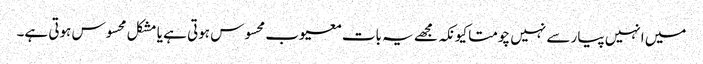
میں انہیں پیار سے نہیں چومتا کیونکہ مجھے یہ بات معیوب محسوس ہوتی ہے یا مشکل محسوس ہوتی ہے۔